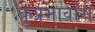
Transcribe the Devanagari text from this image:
कुप्रभावोंसे